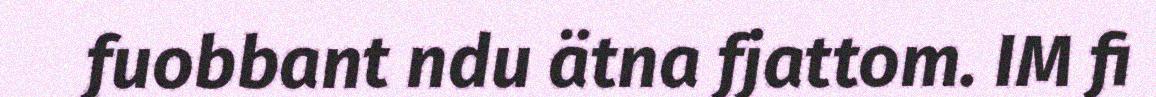
fuobbant ndu ätna fjattom. IM fi